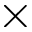
\times